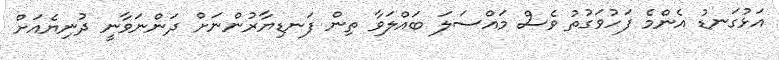
އަޅުގަނޑު އެންމެ ފަހުވަގުތު ވެސް މައްސަލަ ބައްލަވާ ތިން ފަނޑިޔާރުންނަށް ދަންނަވާނީ ދުނިޔެއަށް